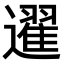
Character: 䢰